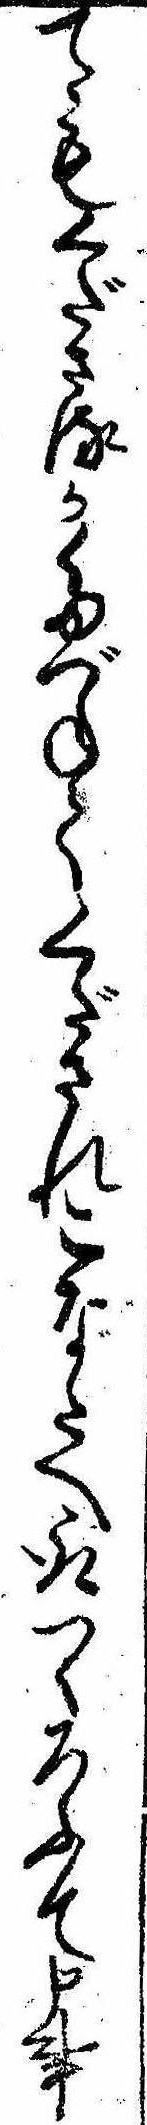
てもくださるかたづねてくだされこなたへ取つくろふて申事